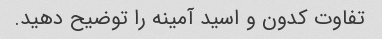
تفاوت کدون و اسید آمینه را توضیح دهید.